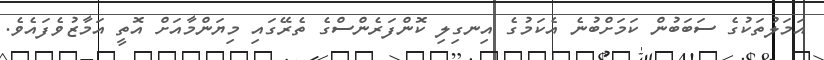
އަމަލުތަކުގެ ސަބަބުން ކަމަށްބުނެ އެކަމުގެ އިނގިލި ކޮންފަރެންސްގެ ތެރޭގައި މިޔަންމާއަށް އޮތީ އަމާޒުވެފައެވެ.